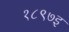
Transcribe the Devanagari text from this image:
१८९७इ